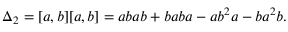
\Delta _ { 2 } = [ a , b ] [ a , b ] = a b a b + b a b a - a b ^ { 2 } a - b a ^ { 2 } b .